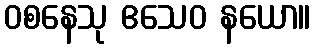
ဝစနေသု ဧသေဝ နယော။